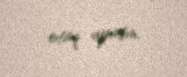
otaq ayırsın.